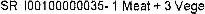
SR I00100000035- 1 MEAT + 3 VEGE